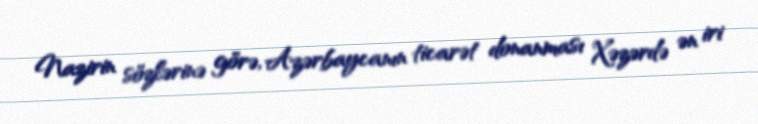
Nazirin sözlərinə görə, Azərbaycanın ticarət donanması Xəzərdə ən iri